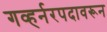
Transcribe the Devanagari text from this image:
गव्हर्नरपदावरून